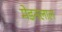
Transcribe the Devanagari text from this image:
मेडनलाल